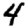
Digit: 4